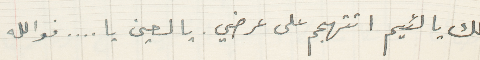
لك يا لئيم اتتهجم على عرضي. يا لعين يا... فوالله